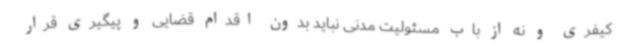
کیفری و نه از باب مسئولیت مدنی نباید بدون اقدام قضایی و پیگیری قرار